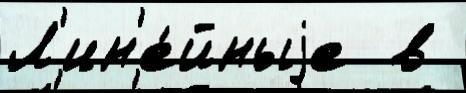
Л'ин'е́йныjе  в